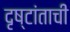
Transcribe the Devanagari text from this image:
दृष्टांताची